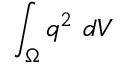
\int _ { \Omega } q ^ { 2 } \ d V